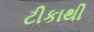
ટીકાથી